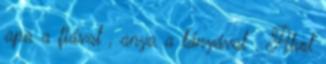
apa a fiával , anya a lányával . Ahol